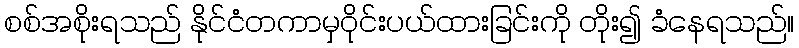
စစ်အစိုးရသည် နိုင်ငံတကာမှဝိုင်းပယ်ထားခြင်းကို တိုး၍ ခံနေရသည်။